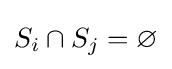
S_{i}\cap S_{j}=\varnothing